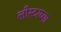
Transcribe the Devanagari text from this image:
लीस्टरच्या